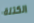
الكتلة